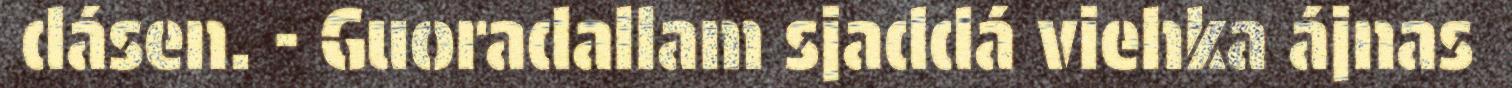
dásen. - Guoradallam sjaddá viehka ájnas